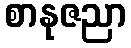
စာနုဇညာ